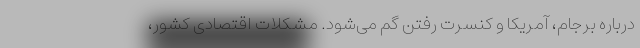
درباره برجام، آمریکا و کنسرت رفتن گم می‌شود. مشکلات اقتصادی کشور،